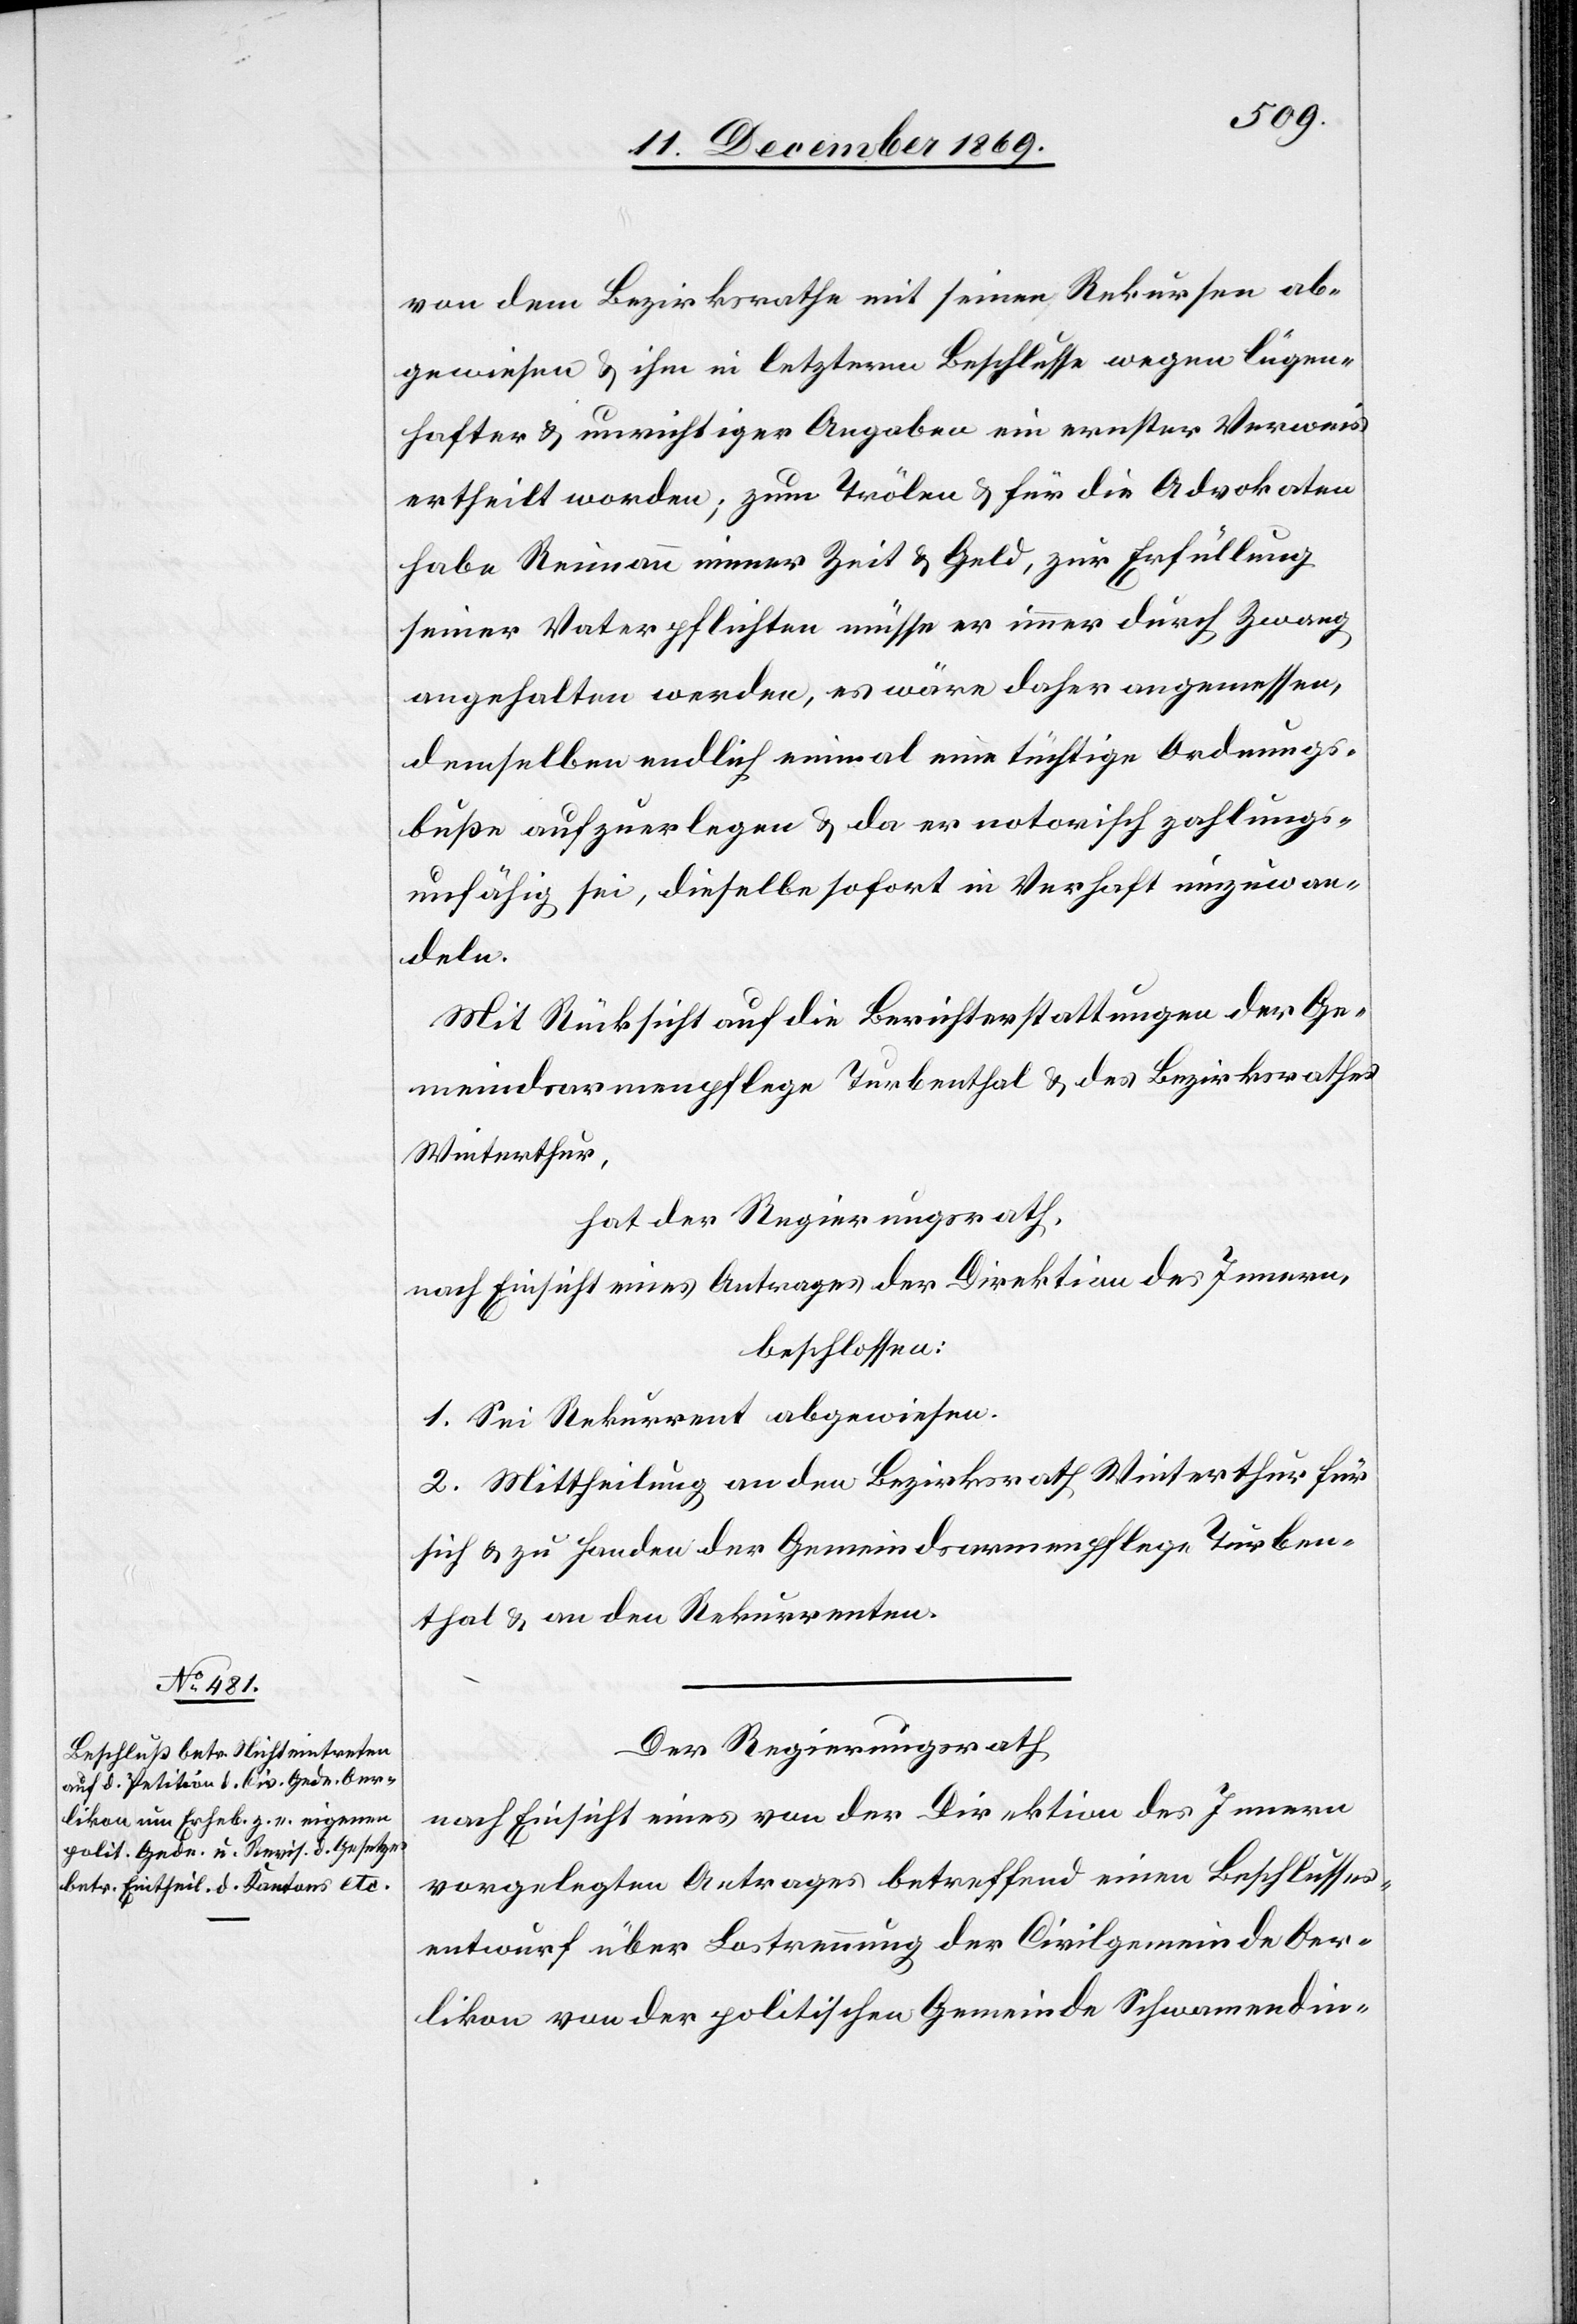
von dem Bezirksrathe mit seinen Rekursen ab¬
gewiesen & ihm in letzterm Beschlusse wegen lügen¬
hafter & unrichtiger Angaben ein ernster Verweis
ertheilt worden; zum Trölen & für die Advokaten
habe Reimann immer Zeit & Geld, zur Erfüllung
seiner Vaterpflichten müsse er immer durch Zwang
angehalten werden, es wäre daher angemessen,
demselben endlich einmal eine tüchtige Ordnungs¬
buße aufzuerlegen & da er notorisch zahlungs¬
unfähig sei, dieselbe sofort in Verhaft umzuwan¬
deln.
Mit Rücksicht auf die Berichterstattungen der Ge¬
meindsarmenpflege Turbenthal & des Bezirksrathes
Winterthur,
hat der Regierungsrath,
nach Einsicht eines Antrages der Direktion des Innern,
beschlossen:
1. Sei Rekurrent abgewiesen.
2. Mittheilung an den Bezirksrath Winterthur für
sich & zu Handen der Gemeindsarmenpflege Turben¬
thal & an den Rekurrenten.
Der Regierungsrath
nach Einsicht eines von der Direktion des Innern
vorgelegten Antrages betreffend einen Beschlusses¬
entwurf über Lostrennung der Civilgemeinde Oer¬
likon von der politischen Gemeinde Schwamendin-